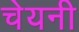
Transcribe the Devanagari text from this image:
चेयनी